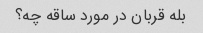
بله قربان در مورد ساقه چه؟